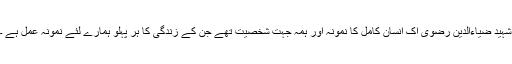
شہید ضیاءالدین رضوی اک انسان کامل کا نمونہ اور ہمہ جہت شخصیت تھے جن کے زندگی کا ہر پہلو ہمارے لئے نمونہ عمل ہے ۔